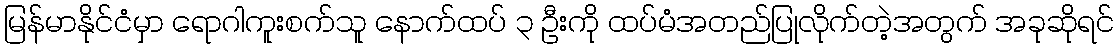
မြန်မာနိုင်ငံမှာ ရောဂါကူးစက်သူ နောက်ထပ် ၃ ဦးကို ထပ်မံအတည်ပြုလိုက်တဲ့အတွက် အခုဆိုရင်